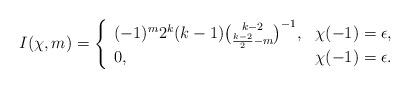
LaTeX: \begin{align*}I(\chi,m)=\left\{\begin{array}{ll}(-1)^{m}2^{k}(k-1)\binom{k-2}{\frac{k-2}{2}-m}^{-1},&\chi(-1)=\epsilon,\\0,&\chi(-1)=\epsilon.\end{array}\right.\end{align*}